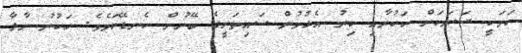
ކަމަކީ ސަޔަކަށް ހަކުރާއި ކިރު އެޅުމުން ސައިތަށީގެ ބޭނުން ކެނޑޭކަމެވެ. ހަކުރު ނާޅާ